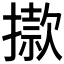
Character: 𢴪